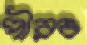
পীরও